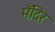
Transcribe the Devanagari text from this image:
मँदिर